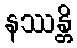
နဿန္တိ